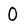
Character: 0